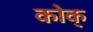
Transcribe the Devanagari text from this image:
कोक्